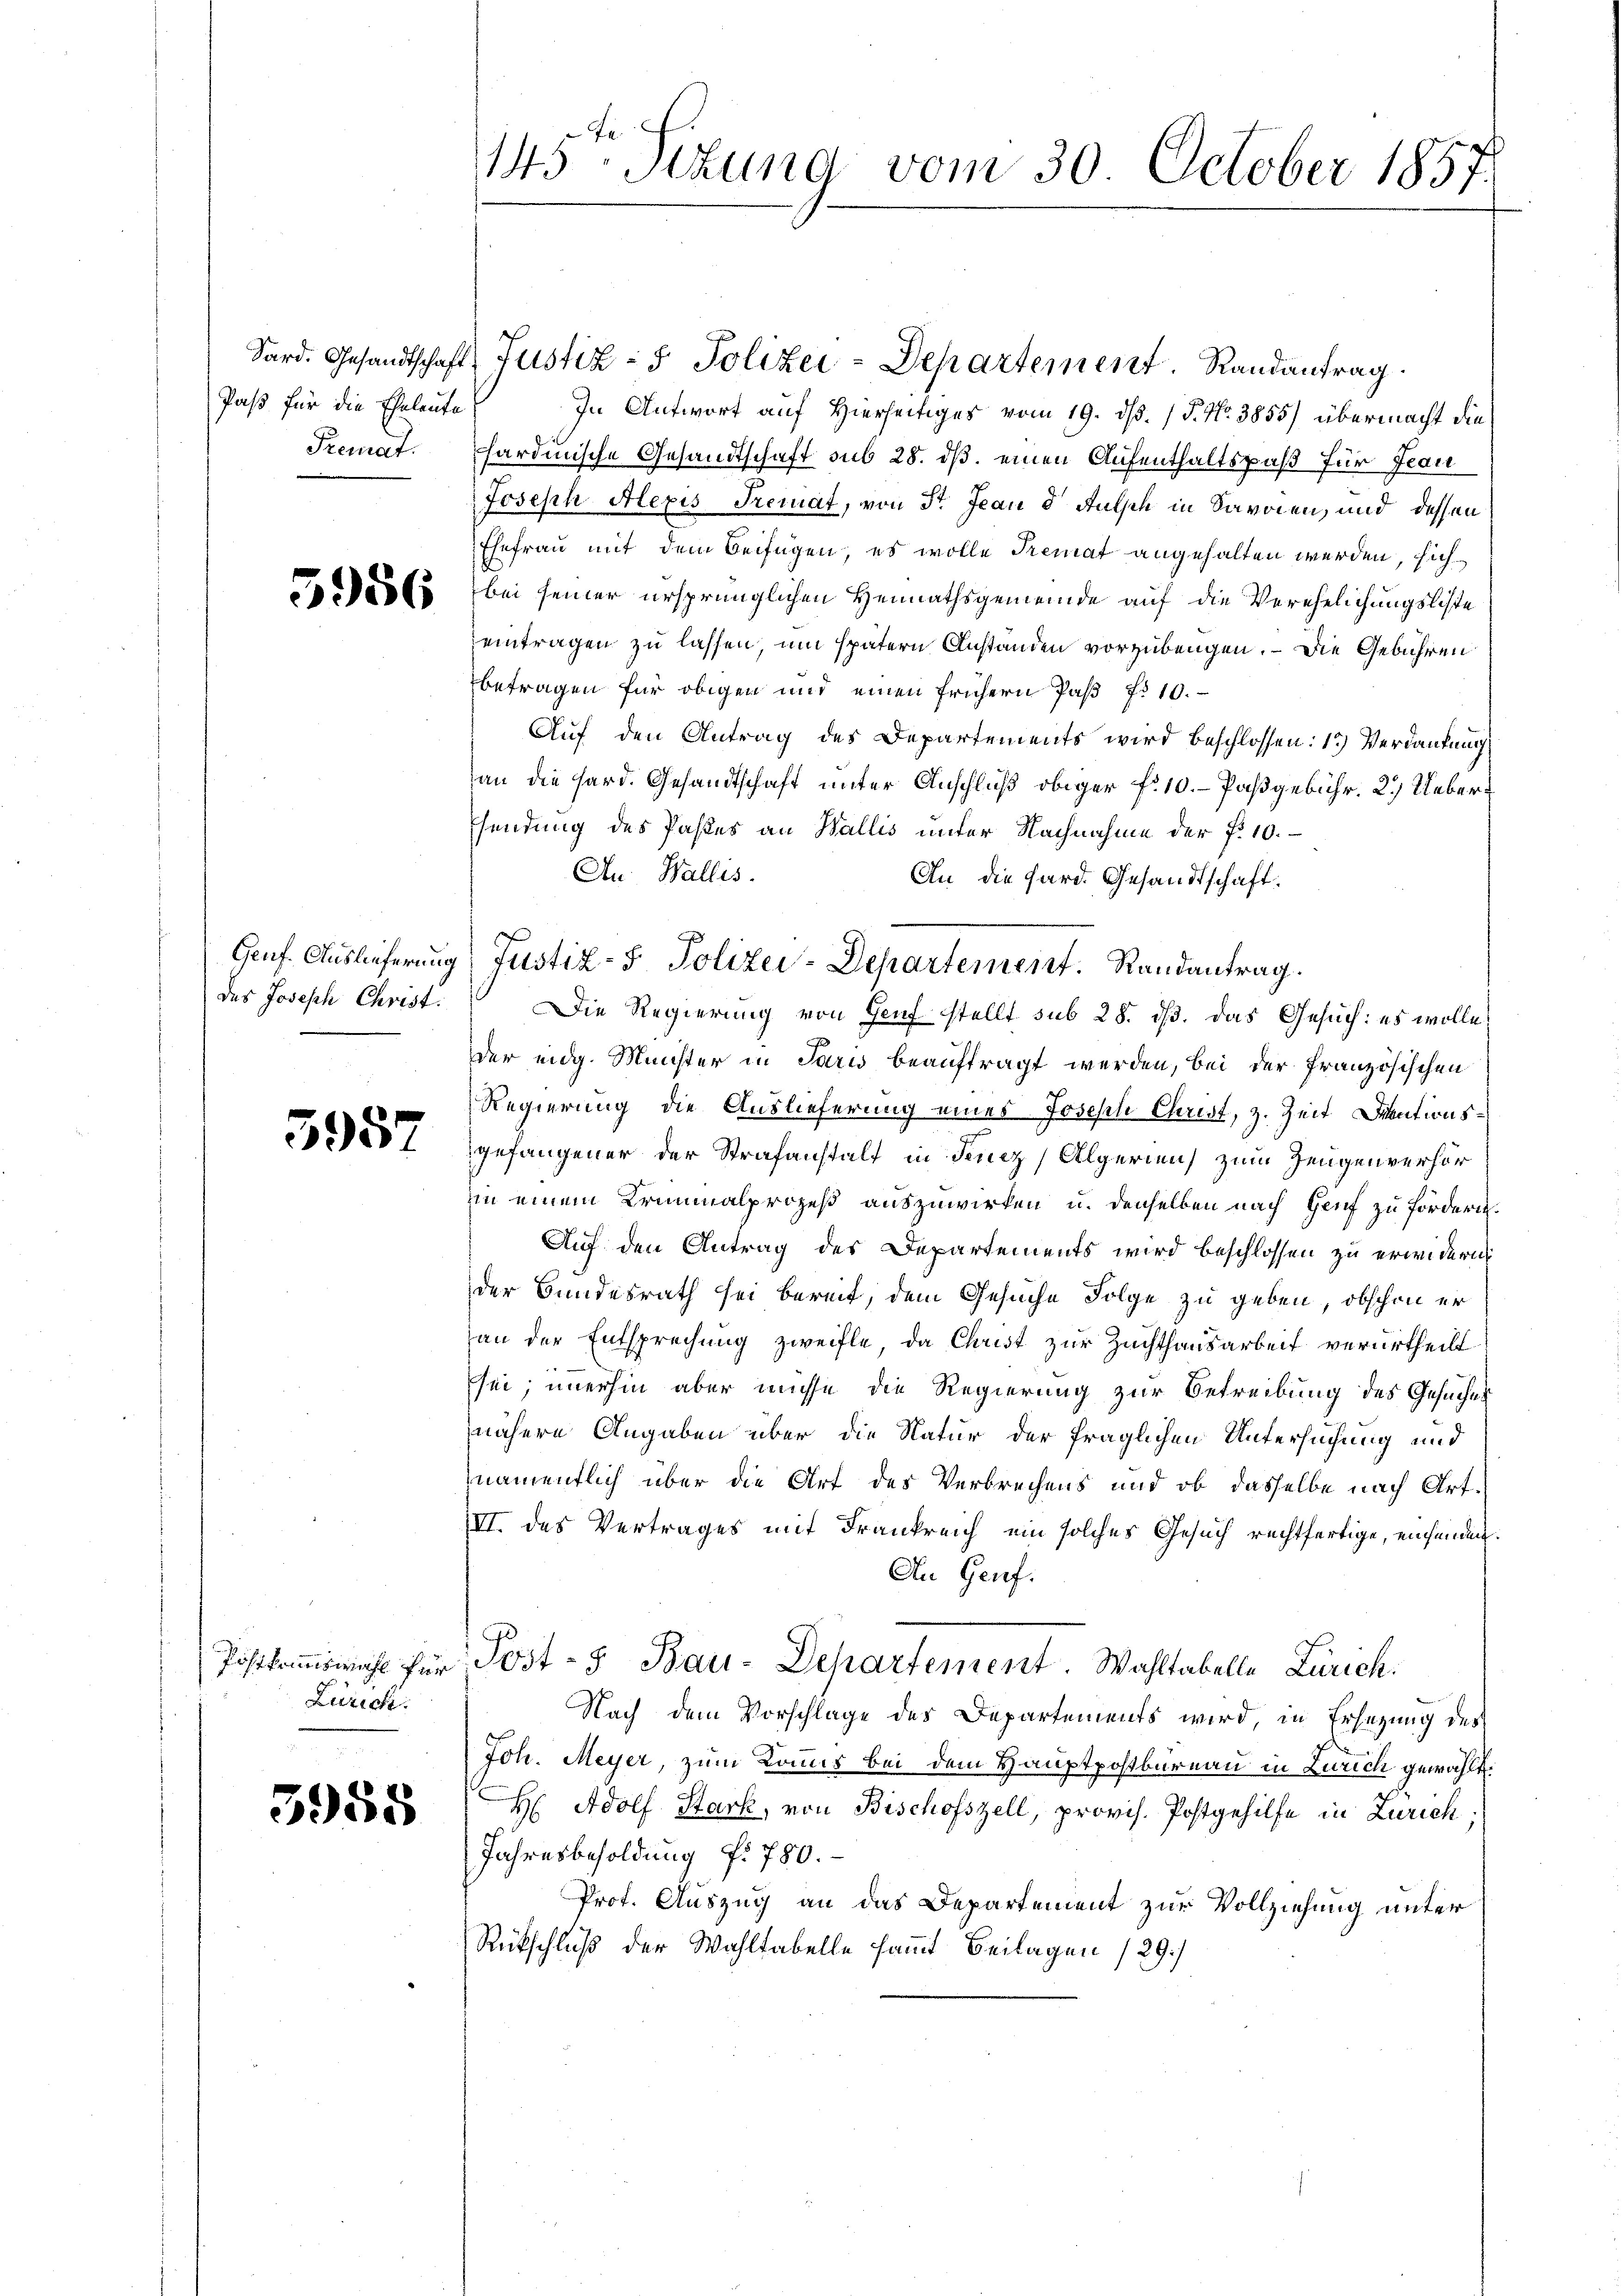
Sard. Gesandtschaft
Paß für die Eheleute
Premat.

5956

Genf. Auslieferung
des Joseph Christ.

3957

Postkannswahl für
Zürich.

3958

145. Sizung vom 30. October 1857.

Justiz- & Polizei-Departement Randantrag.
In Antwort auf Hierseitiges vom 19. ds. / P. Nr. 3855) übermacht die
hardinische Gesandtschaft sub 28. ds. einen Aufenthaltspaß für Frau
Joseph Alexis Tremat, von St. Jean 8 Fulseh in Savoien, und dessen
Ehefrau mit dem Beifügen, es wolle Premat angehalten werden, sich
bei seiner ursprünglichen Heimathsgemeinde auf die Verehelichungsliste
eintragen zu lassen, um spätern Anstanden vorzubeugen. – Die Gebühren
betragen für obigen und einen frühern Paß P. 10.
Auf den Antrag des Departements wird beschlossen: 1.) Verdankung
an die Hard. Gesandtschaft unter Anschluß obiger fr. 10. - Paßgebühr. 2.) Uebersendung des Pastes an Wallis unter Nachnahme der P. 10.
An Wallis.
An die Hard. Gesandtschaft.
Die Regierung von Genf stellt sub 28. ds. das Gesuch: es wolle
der eidg. Minister in Paris beauftragt werden, bei der Französischen
Regierung die Auslieferung eines Joseph Christ, z. Zeit Mentionsgefangener der Strafanstalt in Feucz) Algerien zum Zeugenverhör
in einem Kriminalprozeß auszuwirken u. denselben nach Genf zu fördern.
Auf den Antrag des Departements wird beschlossen zu erwidern
der Bundesrath sei bereit, dem Gesuche Folge zu geben, obschon er
an der Entsprechung zweifle, da Christ zur Zuchthausarbeit verurtheilt
sei; imerhin aber müsse die Regierung zur Betreibung des Gesuchen
nähere Angaben über die Natur der fraglichen Untersuchung und
namentlich über die Art des Verbrechens und ob dasselbe nach Art.
III. des Vertrages mit Frankreich ein solches Gesuch rechtfertige, einsenden.
An Genf.
Post- & Bau-Departement. Wahltabelle Zürich.
Nach dem Vorschlage des Departements wird in Ersezung des
Joh. Meyer, zum Kommis bei dem Hauptpostbureau in Zürich gewählt.
H: Adolf Stark, von Bischofszell, provis. Postgehilfe in Zürich
Jahresbesoldung f. 780.
Prot. Auszug an das Departement zur Vollziehung unter
Rückschluß der Wahltabelle sammt Beilagen 129.)

Justiz-S. Polizei-Departement. Randantrag.